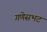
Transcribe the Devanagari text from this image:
गणेसभट